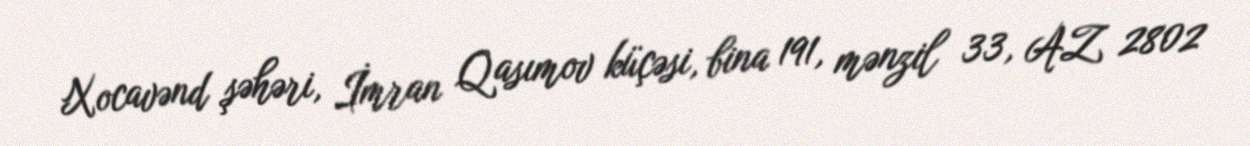
Xocavənd şəhəri, İmran Qasımov küçəsi, bina 191, mənzil 33, AZ 2802